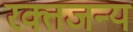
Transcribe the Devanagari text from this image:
रक्तजन्य